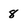
Character: 8